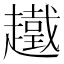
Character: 䟈